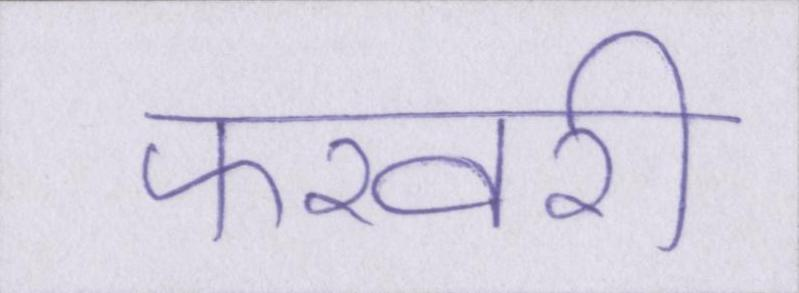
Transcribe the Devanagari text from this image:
फरवरी